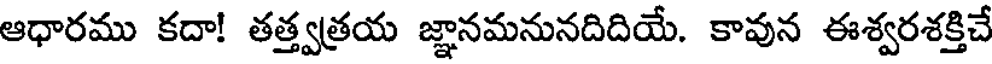
ఆధారము కదా! తత్త్వత్రయ జ్ఞానమనునదిదియే. కావున ఈశ్వరశక్తిచే